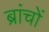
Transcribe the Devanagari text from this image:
ब्रांचों